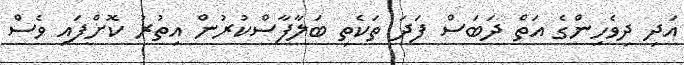
އަދި ދިވެހިންގެ އަތް ދަބަސް ފަދަ ތަކެތި ބަލާފާސްކުރުން އިތުރު ކޮށްފައި ވެސް